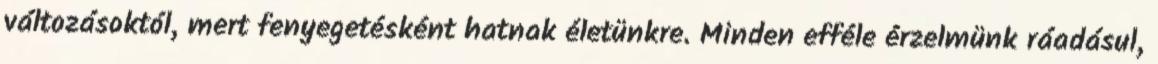
változásoktól, mert fenyegetésként hatnak életünkre. Minden efféle érzelmünk ráadásul,